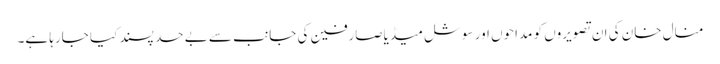
منال خان کی ان تصویروں کو مداحوں اور سوشل میڈیاصارفین کی جانب سے بے حد پسند کیا جارہا ہے۔